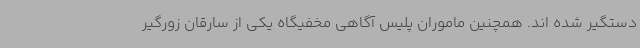
دستگیر شده اند. همچنین ماموران پلیس آگاهی مخفیگاه یکی از سارقان زورگیر